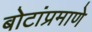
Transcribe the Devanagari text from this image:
बोटांप्रमाणे